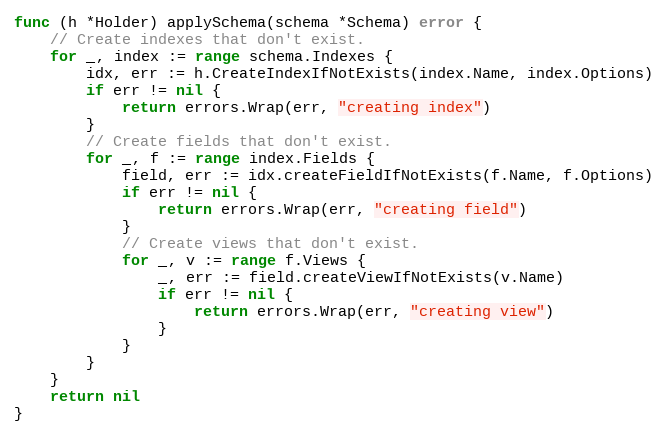
Language: Go
func (h *Holder) applySchema(schema *Schema) error {
	// Create indexes that don't exist.
	for _, index := range schema.Indexes {
		idx, err := h.CreateIndexIfNotExists(index.Name, index.Options)
		if err != nil {
			return errors.Wrap(err, "creating index")
		}
		// Create fields that don't exist.
		for _, f := range index.Fields {
			field, err := idx.createFieldIfNotExists(f.Name, f.Options)
			if err != nil {
				return errors.Wrap(err, "creating field")
			}
			// Create views that don't exist.
			for _, v := range f.Views {
				_, err := field.createViewIfNotExists(v.Name)
				if err != nil {
					return errors.Wrap(err, "creating view")
				}
			}
		}
	}
	return nil
}